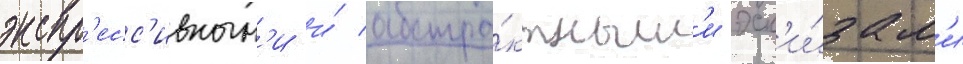
экспр'есс'ивным'и и́ абстра́ктным'и эск'и́зам'и